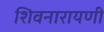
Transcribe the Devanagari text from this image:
शिवनारायणी